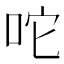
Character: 咜